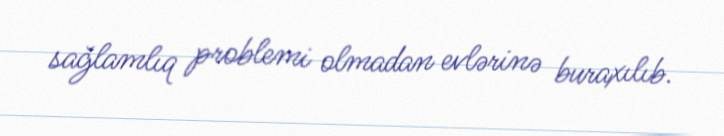
sağlamlıq problemi olmadan evlərinə buraxılıb.